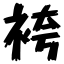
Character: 袴